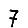
Digit: 7